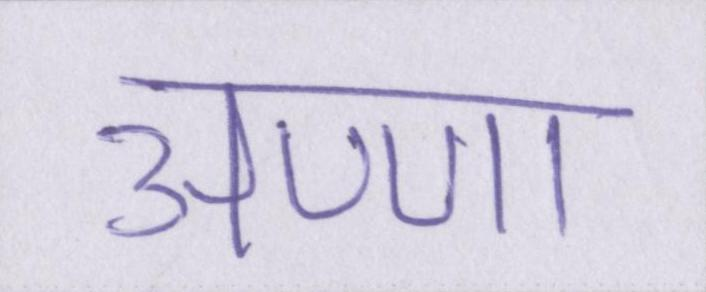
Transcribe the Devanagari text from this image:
अण्णा